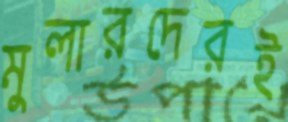
মুলারদেরই